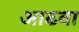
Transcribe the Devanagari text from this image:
आढवा